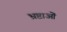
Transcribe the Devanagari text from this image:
भ्रष्टाओं